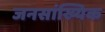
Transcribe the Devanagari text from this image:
जनसांख्यिक